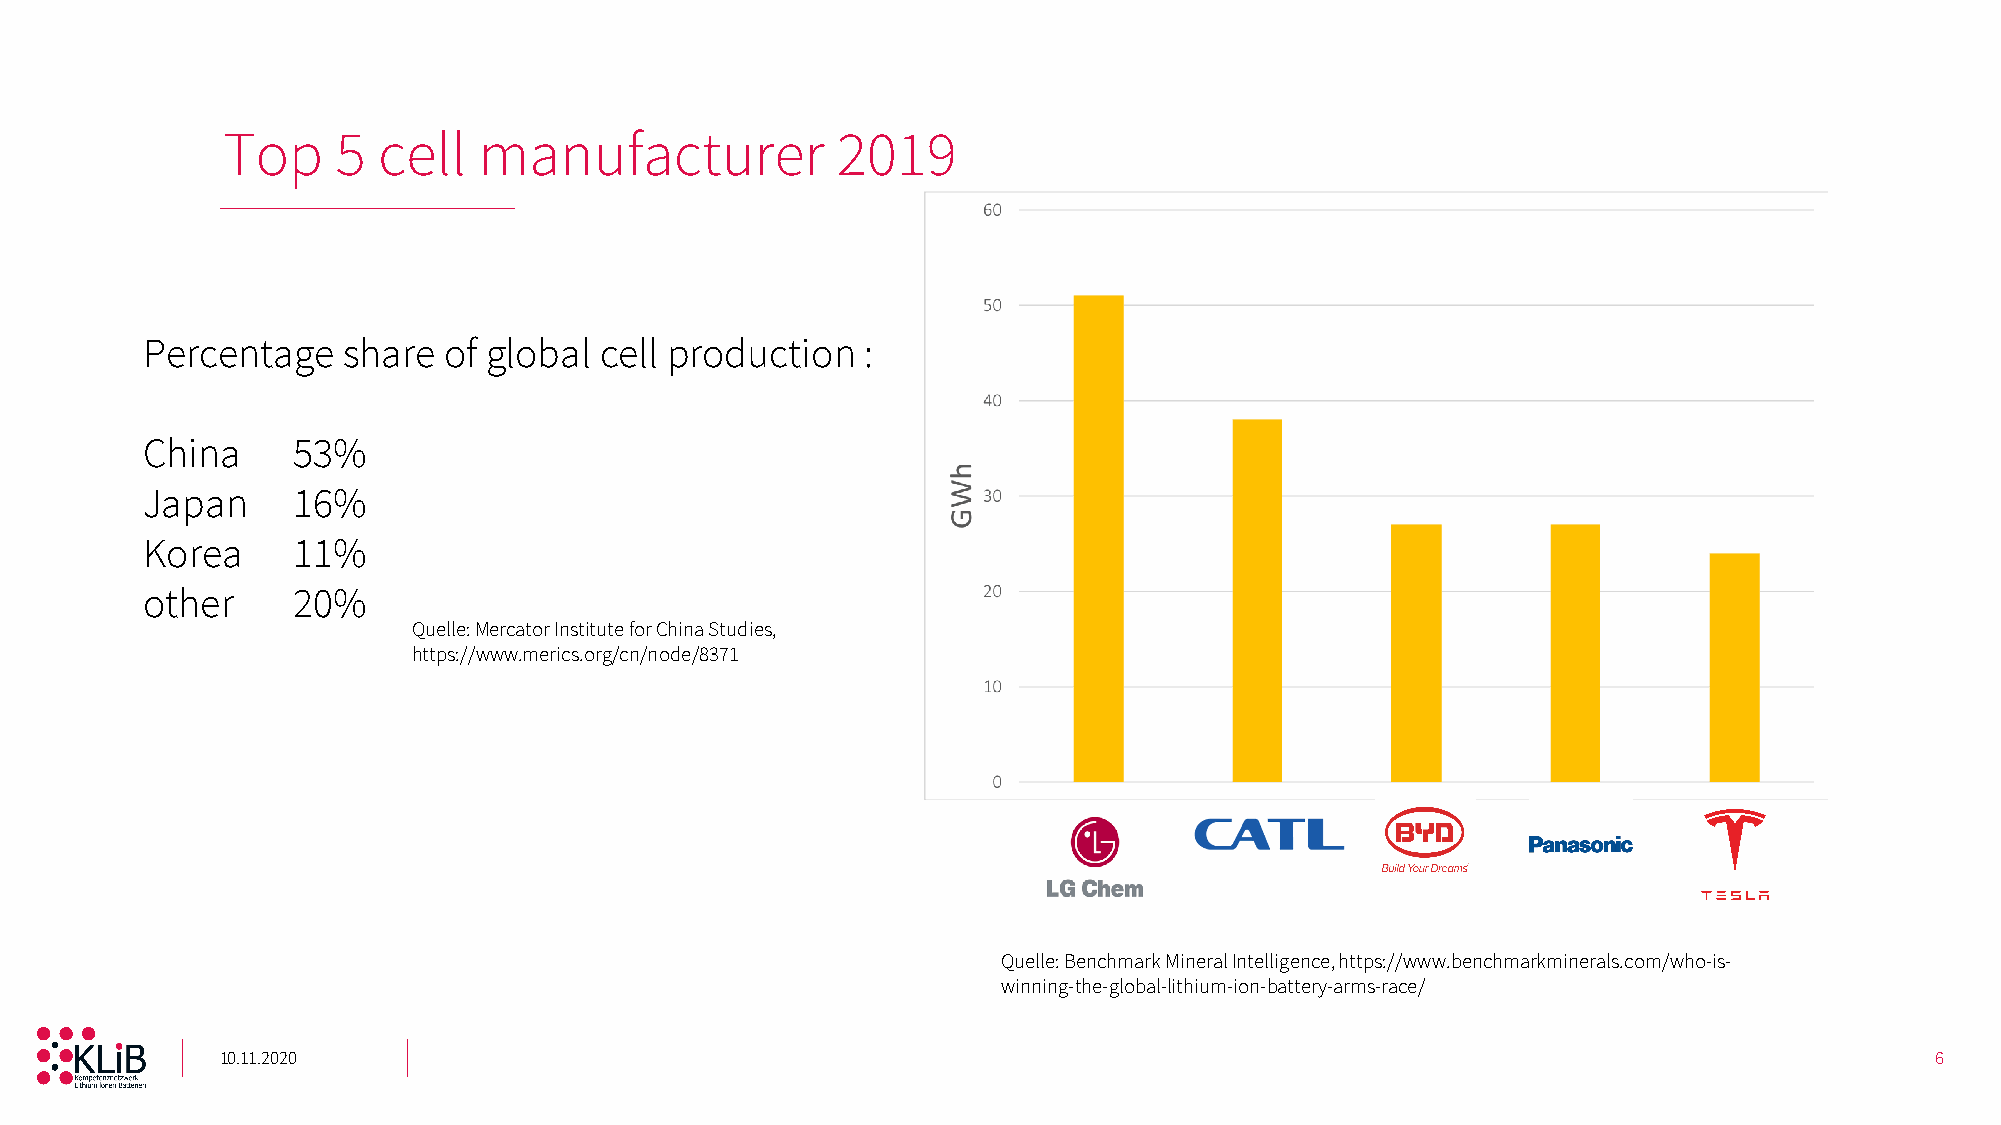
Top    5  cell   manufacturer           2019
 Percentage    share of global  cell production  :
 China     53%
 Japan     16%
 Korea     11%
 other     20%
 Quelle: Mercator Institute forChina Studies,
 https://www.merics.org/cn/node/8371
 Quelle: Benchmark Mineral Intelligence, https://www.benchmarkminerals.com/who-is-
 winning-the-global-lithium-ion-battery-arms-race/
 10.11.2020                                                                                                       6